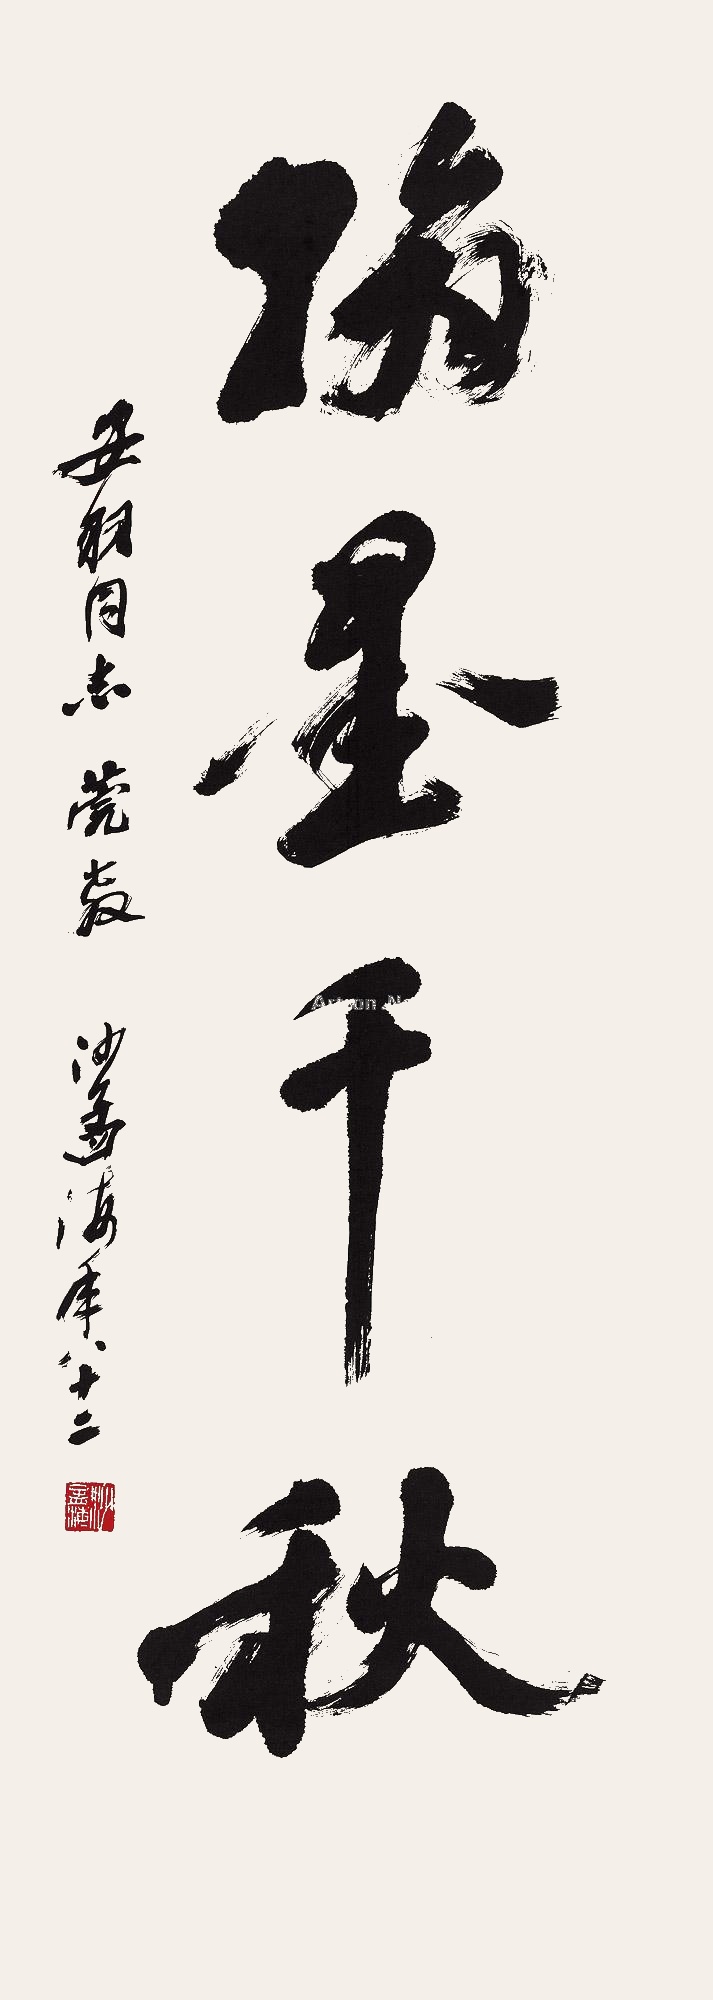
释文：翰墨千秋安羽同志莞教，沙孟海年八十二。